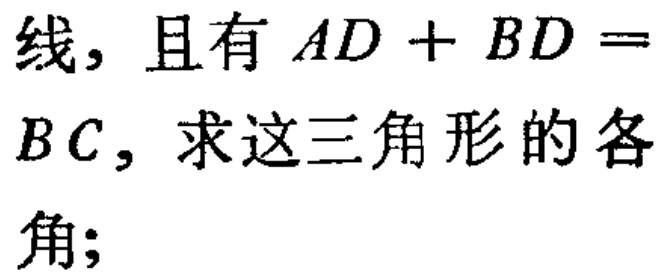
线，且有 \(AD + BD =\)
\(BC\)，求这三角形的各
角;